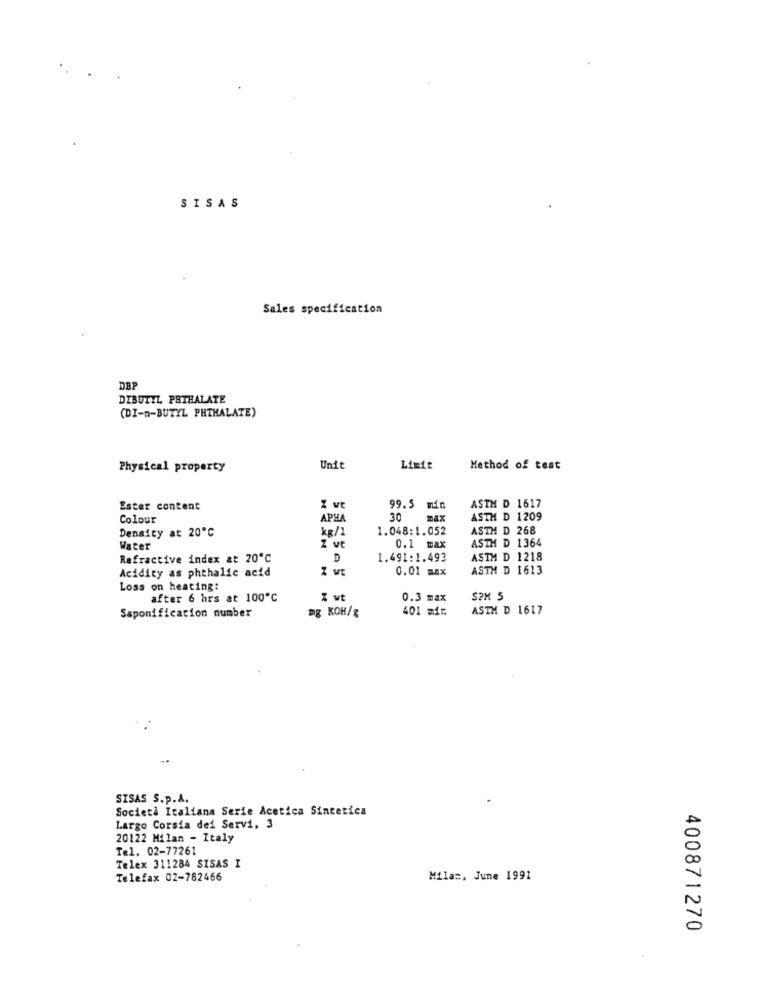
SISAS
Sales specification
DBP
DIBUTYL PATHALATE
(DI-n-BUTYL PHTHALATE)
Physical property
Unit
Limit
Method of test
Ester content
Z vt
99.5 min
ASTM D 1617
Colour
APHA
30 max
ASTM D 1209
Density at 20℃
kg/1
1.048:1.052
ASTM D 268
ASTM D 1364
Water
Z vt
0.1 max
Refractive index at 20℃
D
1.491:1.493
ASTM D 1218
Acidity as phthalic acid
0.01 max
ASTM D 1613
Loss on heating:
after 6 hrs at 100℃
Z wt
0.3 max
SPM 5
Saponification number
401 mir
ASTM D 1617
mg KOH/g
SISAS S.p.A.
Società Italiana Serie Acetica Sintetica
Largo Corsia dei Servi, 3
20122 Milan - Italy
Tel. 02-77261
Telex 311284 SISAS I
Telefax 02-782466
Milas, June 1991
400871270